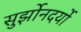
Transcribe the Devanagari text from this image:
सुर्झोनदर्यो